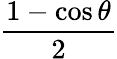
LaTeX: \frac{1-\cos\theta}{2}